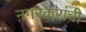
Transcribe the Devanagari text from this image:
नगरकरांची